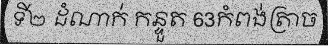
ទី២ ដំណាក់ កន្ទួត 63កំពង់ត្រាច